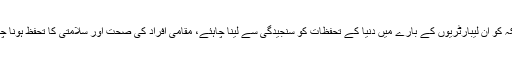
امریکہ کو اِن لیبارٹریوں کے بارے میں دُنیا کے تحفظات کو سنجیدگی سے لینا چاہئے، مقامی افراد کی صحت اور سلامتی کا تحفظ ہونا چاہئے۔